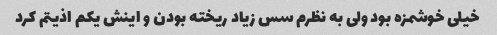
خیلی خوشمزه بود ولی به نظرم سس زیاد ریخته بودن و اینش یکم اذیتم کرد